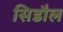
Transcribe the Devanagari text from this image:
सिडौल